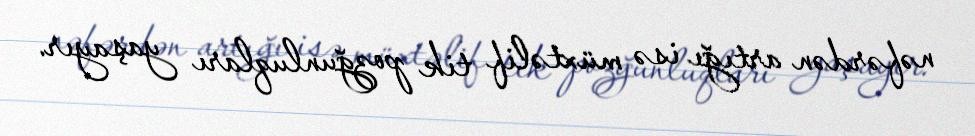
nəfərdən artığı isə müxtəlif tik pozğunluqları yaşayır.